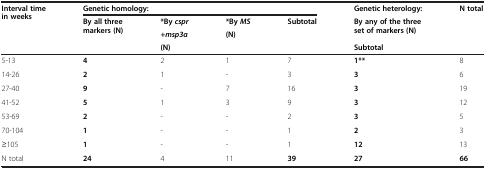
<table><thead><tr><td rowspan="2"><b>Interval time in weeks</b></td><td colspan="4"><b>Genetic homology:</b></td><td><b>Genetic heterology:</b></td><td rowspan="3"><b>N total</b></td></tr><tr><td rowspan="2"><b>By all three markers (N)</b></td><td><b>*By<i>cspr</i></b></td><td><b>*By<i>MS</i></b></td><td rowspan="2"><b>Subtotal</b></td><td rowspan="2"><b>By any of the three set of markers (N)</b></td></tr><tr><td><b> </b></td><td><b><i>+msp3α</i></b></td><td><b>(N)</b></td></tr><tr><td><b> </b></td><td><b> </b></td><td><b>(N)</b></td><td><b> </b></td><td><b> </b></td><td><b>Subtotal</b></td><td><b> </b></td></tr></thead><tbody><tr><td>5-13</td><td><b>4</b></td><td>2</td><td>1</td><td>7</td><td><b>1**</b></td><td>8</td></tr><tr><td>14-26</td><td><b>2</b></td><td>1</td><td>-</td><td>3</td><td><b>3</b></td><td>6</td></tr><tr><td>27-40</td><td><b>9</b></td><td>-</td><td>7</td><td>16</td><td><b>3</b></td><td>19</td></tr><tr><td>41-52</td><td><b>5</b></td><td>1</td><td>3</td><td>9</td><td><b>3</b></td><td>12</td></tr><tr><td>53-69</td><td><b>2</b></td><td>-</td><td>-</td><td>2</td><td><b>3</b></td><td>5</td></tr><tr><td>70-104</td><td><b>1</b></td><td>-</td><td>-</td><td>1</td><td><b>2</b></td><td>3</td></tr><tr><td>≥105</td><td><b>1</b></td><td>-</td><td>-</td><td>1</td><td><b>12</b></td><td>13</td></tr><tr><td>N total</td><td><b>24</b></td><td>4</td><td>11</td><td><b>39</b></td><td><b>27</b></td><td><b>66</b></td></tr></tbody></table>